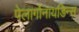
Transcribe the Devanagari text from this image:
पेलार्गोनायडिन्स